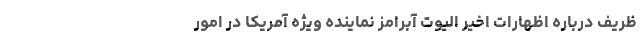
ظریف درباره اظهارات اخیر الیوت آبرامز نماینده ویژه آمریکا در امور